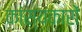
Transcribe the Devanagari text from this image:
कांस्यकारों